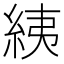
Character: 𦀊